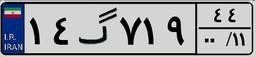
۱۴گ۷۱۹۴۴